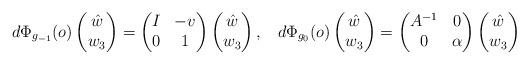
LaTeX: \begin{align*}d\Phi_{g_{-1}}(o) \begin{pmatrix} \hat w\\ w_3\end{pmatrix} = \begin{pmatrix} I&-v\\ 0&1\end{pmatrix}\begin{pmatrix} \hat w\\ w_3\end{pmatrix},\hskip 2ex d\Phi_{g_0}(o)\begin{pmatrix} \hat w\\ w_3\end{pmatrix} = \begin{pmatrix} A^{-1}&0\\ 0 & \alpha\end{pmatrix} \begin{pmatrix} \hat w\\ w_3\end{pmatrix}\end{align*}